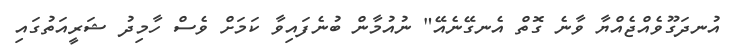
އުނދަގޫވެއްޖެއްޔާ ވާނެ ގޮތް އެނގޭނެއޭ" ނުއުމާން ބުނެފައިވާ ކަމަށް ވެސް ހާމިދު ޝަރީއަތުގައި